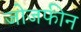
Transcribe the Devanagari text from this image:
जोजफीन